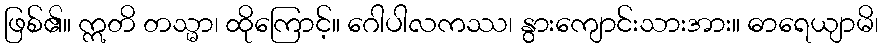
ဖြစ်၏။ ဣတိ တသ္မာ၊ ထိုကြောင့်။ ဂေါပါလကဿ၊ နွားကျောင်းသားအား။ ဓာရေယျာမိ၊